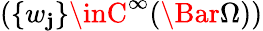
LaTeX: (\{ w_{\mathbf{j}}\} \inC^{\infty}(\Bar{\Omega}))